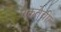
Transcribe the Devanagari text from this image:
एकतेची